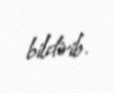
bildirib.